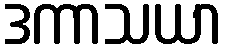
ဒကာသယာ